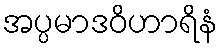
အပ္ပမာဒဝိဟာရိနံ